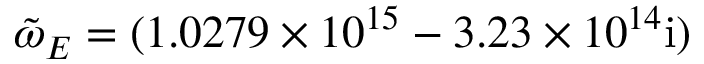
\tilde { \omega } _ { E } = ( 1 . 0 2 7 9 \times 1 0 ^ { 1 5 } - 3 . 2 3 \times 1 0 ^ { 1 4 } \mathrm { { i } ) }